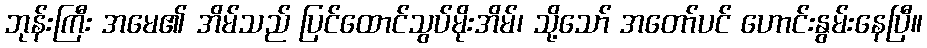
ဘုန်းကြီး အမေ၏ အိမ်သည် ပြင်ထောင်သွပ်မိုးအိမ်၊ သို့သော် အတော်ပင် ဟောင်းနွမ်းနေပြီ။